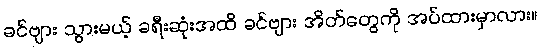
ခင်ဗျား သွားမယ့် ခရီးဆုံးအထိ ခင်ဗျား အိတ်တွေကို အပ်ထားမှာလား။